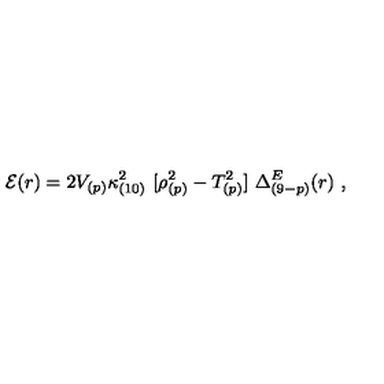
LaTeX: { \cal E } ( r ) = 2 V _ { ( p ) } \kappa _ { ( 1 0 ) } ^ { 2 } \ [ \rho _ { ( p ) } ^ { 2 } - T _ { ( p ) } ^ { 2 } ] \ \Delta _ { ( 9 - p ) } ^ { E } ( r ) \ ,